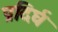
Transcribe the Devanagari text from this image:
प्रदिर्घ